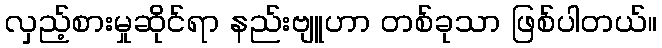
လှည့်စားမှုဆိုင်ရာ နည်းဗျူဟာ တစ်ခုသာ ဖြစ်ပါတယ်။